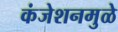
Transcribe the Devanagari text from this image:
कंजेशनमुळे